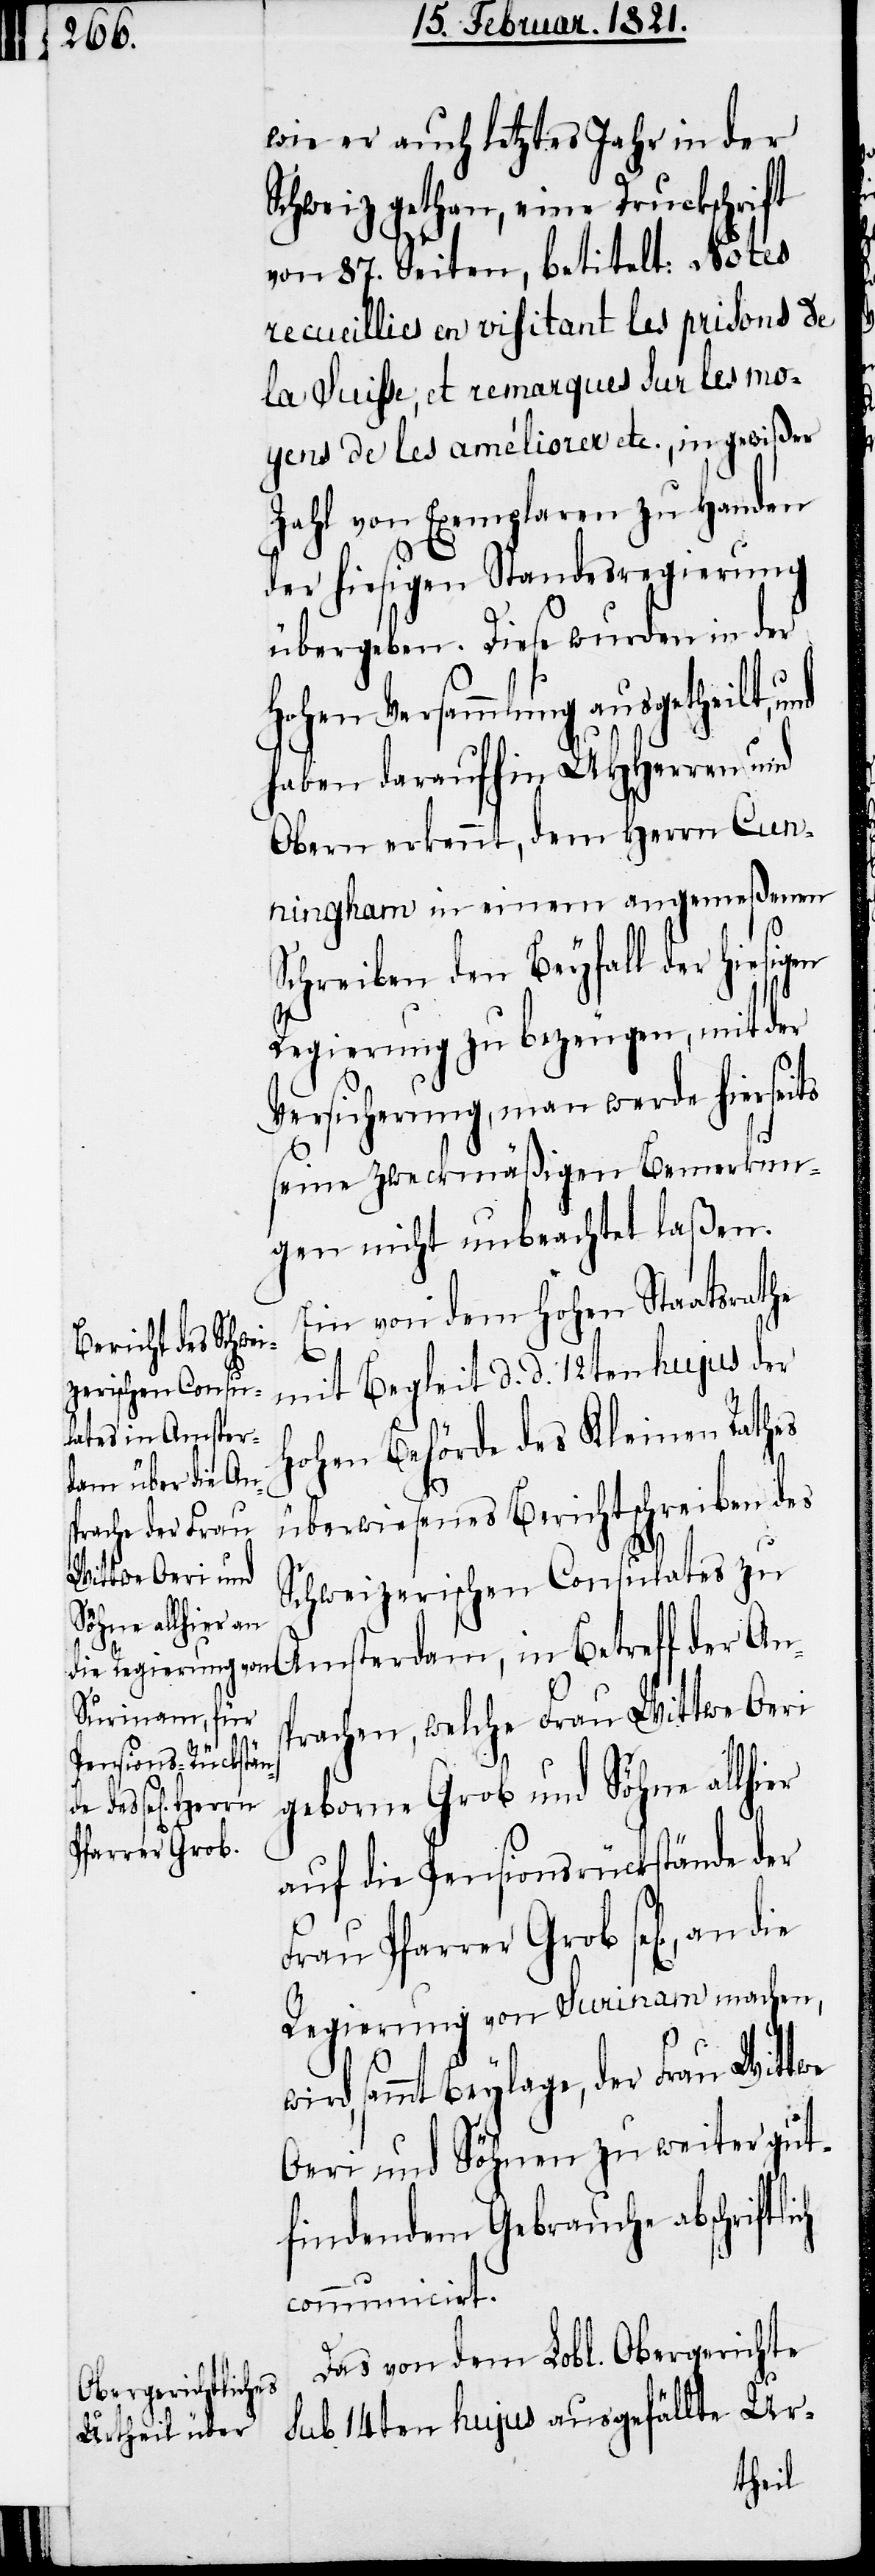
wie er auch letztes Jahr in der
Schweiz gethan, eine Druckschrift
von 87. Seiten, betitelt: Notes
recueillies en visitant les prisons de
la Suisse, et remarques sur les mo¬
yens de les améliorer etc., in gewißer
Zahl von Exemplaren zu Handen
der hiesigen Standesregierung
übergeben. Diese wurden in der
hohen Versammlung ausgetheilt,
haben daraufhin UHHerren und
Obern erkennt, dem Herrn Cunni¬
ngham in einem angemeßenen
Schreiben den Beyfall der hiesigen
Regierung zu bezeugen, mit der
Versicherung, man werde hierseits
seine zweckmäßigen Bemerkun¬
gen nicht unbeachtet laßen.
Ein von dem hohen Staatsrathe
mit Begleit d. d. 12ten hujus der
hohen Behörde des Kleinen Rathes
überwiesenes Berichtschreiben des
Schweizerischen Consulates zu
der Ans¬
prachen, welche Frau Wittwe Oeri
geborne Grob und Söhne allhier
auf die Pensionsrückstände der
Frau Pfarrer Grob sel[igen],
Regierung von Surinam machen,
sammt Beylage der Frau Wittwe
Oeri und Söhnen zu weiter gut¬
findendem Gebrauche abschrif¬
communicirt.
Das von dem Lobl. Obergerichte
sub 14ten hujus ausgefällte Ur-
tlich